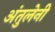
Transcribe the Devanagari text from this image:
अंतुलेनी